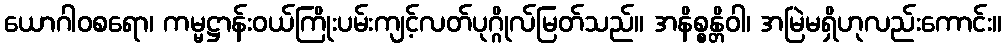
ယောဂါဝစရော၊ ကမ္မဋ္ဌာန်းဝယ်ကြိုးပမ်းကျင့်လတ်ပုဂ္ဂိုလ်မြတ်သည်။ အနိစ္စန္တိဝါ၊ အမြဲမရှိဟုလည်းကောင်း။